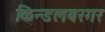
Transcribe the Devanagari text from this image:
किन्डलबरगर